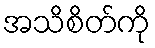
အသိစိတ်ကို